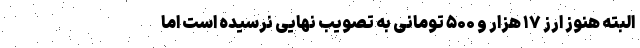
البته هنوز ارز ۱۷ هزار و ۵۰۰ تومانی به تصویب نهایی نرسیده است اما